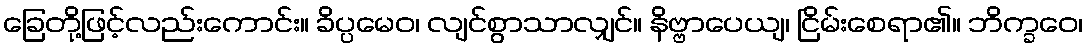
ခြေတို့ဖြင့်လည်းကောင်း။ ခိပ္ပမေဝ၊ လျင်စွာသာလျှင်။ နိဗ္ဗာပေယျ၊ ငြိမ်းစေရာ၏။ ဘိက္ခဝေ၊